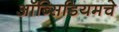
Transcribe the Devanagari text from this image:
ऑब्सिडियमचे